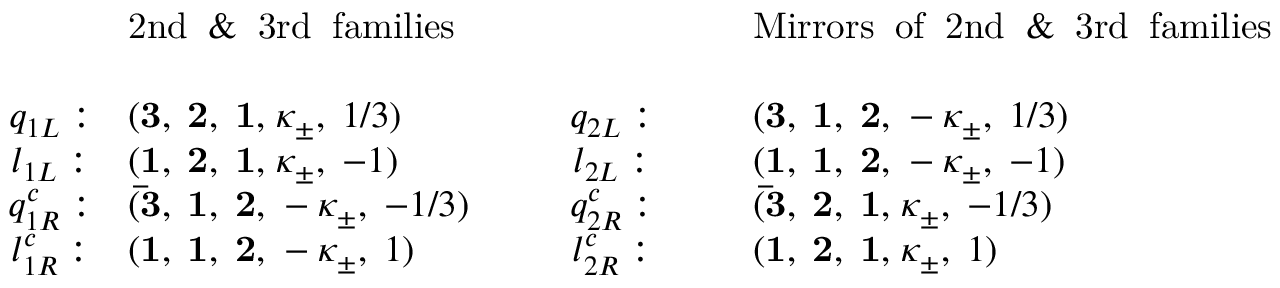
\begin{array} { c l c l } { { } } & { { \mathrm { 2 n d \; \; \& \; \; 3 r d \; \; f a m i l i e s } } } & { { ~ ~ ~ ~ ~ ~ ~ ~ ~ ~ ~ ~ ~ ~ ~ ~ ~ } } & { { \mathrm { M i r r o r s \; \; o f \; \; 2 n d \; \; \& \; \; 3 r d \; \; f a m i l i e s } } } \\ { { } } & { { } } & { { } } & { { } } \\ { { q _ { 1 L } : } } & { { ( { \bf 3 , \; 2 , \; 1 , } \; \kappa _ { \pm } , \; 1 / 3 ) } } & { { q _ { 2 L } : } } & { { ( { \bf 3 , \; 1 , \; 2 , } \; - \kappa _ { \pm } , \; 1 / 3 ) \ } } \\ { { l _ { 1 L } : } } & { { ( { \bf 1 , \; 2 , \; 1 , } \; \kappa _ { \pm } , \; - 1 ) } } & { { l _ { 2 L } : } } & { { ( { \bf 1 , \; 1 , \; 2 , } \; - \kappa _ { \pm } , \; - 1 ) \ } } \\ { { q _ { 1 R } ^ { c } : } } & { { ( { \bf \bar { 3 } , \; 1 , \; 2 , } \; - \kappa _ { \pm } , \; - 1 / 3 ) } } & { { q _ { 2 R } ^ { c } : } } & { { ( { \bf \bar { 3 } , \; 2 , \; 1 , } \; \kappa _ { \pm } , \; - 1 / 3 ) \ } } \\ { { l _ { 1 R } ^ { c } : } } & { { ( { \bf 1 , \; 1 , \; 2 , } \; - \kappa _ { \pm } , \; 1 ) } } & { { l _ { 2 R } ^ { c } : } } & { { ( { \bf 1 , \; 2 , \; 1 , } \; \kappa _ { \pm } , \; 1 ) } } \end{array}